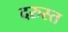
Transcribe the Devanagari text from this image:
दरुस्त